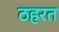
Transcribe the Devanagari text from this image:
ठहरत